Lunatic asylums in Bengal annual reports 1912-1924 - 1912-1924
Year: 1912
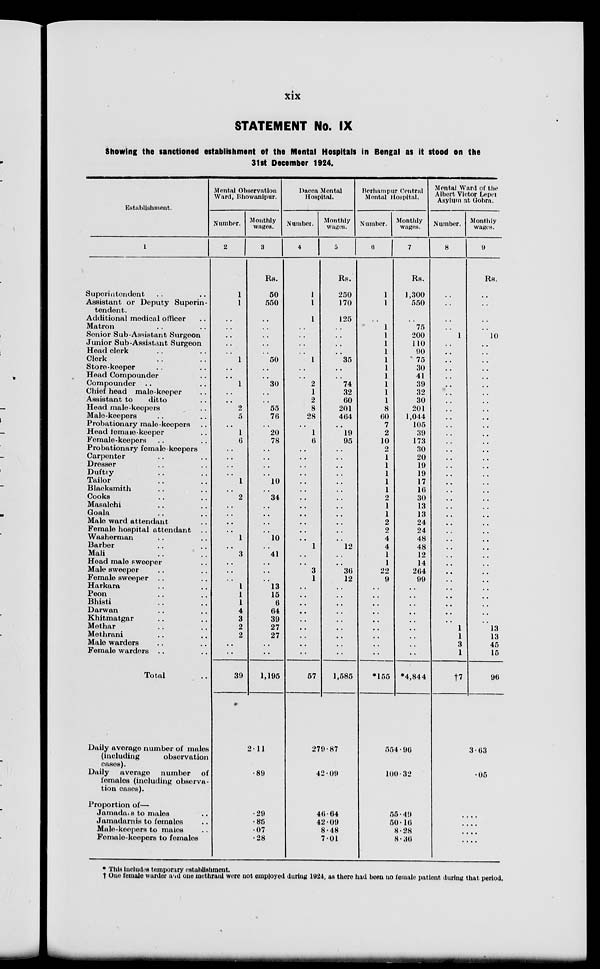
xix
STATEMENT No. IX
Showing the sanctioned establishment of the Mental Hospitals in Bengal as it stood on the
31st December 1924.
Establishment.
1
Superintendent .. ..
Assistant or Deputy Superin-
tendent.
Additional medical officer ..
Matron .. ..
Senior Sub-Assistant Surgeon
Junior Sub-Assistant Surgeon
Head clerk .. ..
Clerk .. ..
Store-keeper .. ..
Head Compounder ..
Compounder .. ..
Chief head male-keeper ..
Assistant to
ditto ..
Head male-keepers ..
Male-keepers .. ..
Probationary male-keepers ..
Head female-keeper ..
Female-keepers .. ..
Probationary female-keepers
Carpenter .. ..
Dresser .. ..
Duftry .. ..
Tailor .. ..
Blacksmith .. ..
Cooks .. ..
Masalchi .. ..
Goala .. ..
Male ward attendant ..
Female hospital attendant ..
Washerman .. ..
Barber .. ..
Mali .. ..
Head male sweeper ..
Male sweeper .. ..
Female sweeper .. ..
Harkara .. ..
Peon .. ..
Bhisti .. ..
Darwan .. ..
Khitmatgar .. ..
Methar .. ..
Methrani .. ..
Male warders .. ..
Female warders .. ..
Total ..
Daily average number of males
(including
observation
cases).
Daily
average
number
of
females (including observa-
tion cases).
Proportion of—
Jamadars to males ..
Jamadarnis to females ..
Male-keepers to males ..
Female-keepers to females
Mental Observation
Ward, Bhowanipur.
Number.
2
1
1
..
..
..
..
..
1
..
..
1
..
..
2
5
..
1
6
..
..
..
..
1
..
2
..
..
..
..
1
..
3
..
..
..
1
1
1
4
3
2
2
..
..
39
Monthly
wages.
3
Rs.
50
550
..
..
..
..
..
50
..
..
30
..
..
55
76
..
20
78
..
..
..
..
10
..
34
..
..
..
..
10
..
41
..
..
..
13
15
6
64
39
27
27
..
..
1,195
2.11
.89
.29
.85
.07
.28
Dacca Mental
Hospital.
Number.
4
1
1
1
..
..
..
..
1
..
..
2
1
2
8
28
..
1
6
..
..
..
..
..
..
..
..
..
..
..
..
1
..
..
3
1
..
..
..
..
..
..
..
..
..
57
Monthly
wages.
5
Rs.
250
170
125
..
..
..
..
35
..
..
74
32
60
201
464
..
19
95
..
..
..
..
..
..
..
..
..
..
..
..
12
..
..
36
12
..
..
..
..
..
..
..
..
..
1,585
279.87
42.09
46.64
42.09
8.48
7.01
Berhampur Central
Mental Hospital.
Number.
6
1
1
..
1
1
1
1
1
1
1
1
1
1
8
60
7
2
10
2
1
1
1
1
1
2
1
1
2
2
4
4
1
1
22
9
..
..
..
..
..
..
..
..
..
*155
Monthly
wages.
7
Rs.
1,300
550
..
75
200
110
90
75
30
41
39
32
30
201
1,044
105
39
173
30
20
19
19
17
16
30
13
13
24
24
48
48
12
14
264
99
..
..
..
..
..
..
..
..
..
*4,844
554.96
100.32
55.49
50.16
8.28
8.36
Mental Ward of the
Albert Victor Leper
Asylum at Gobra.
Number.
8
..
..
..
..
1
..
..
..
..
..
..
..
..
..
..
..
..
..
..
..
..
..
..
..
..
..
..
..
..
..
..
..
..
..
..
..
..
..
..
..
1
1
3
1
†7
Monthly
wages.
9
Rs.
..
..
..
..
10
..
..
..
..
..
..
..
..
..
..
..
..
..
..
..
..
..
..
..
..
..
..
..
..
..
..
..
..
..
..
..
..
..
..
..
13
13
45
15
96
3.63
05
....
....
....
....
* This includes temporary establishment.
† One female warder and one methrani were not employed during 1924, as there had been no female patient during that period.